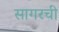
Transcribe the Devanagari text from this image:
सागरची